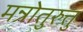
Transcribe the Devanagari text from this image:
मन्रोतुरुत्तु